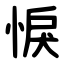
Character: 悷